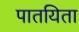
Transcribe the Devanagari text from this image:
पातयिता